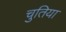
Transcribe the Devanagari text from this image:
चुतिया